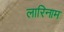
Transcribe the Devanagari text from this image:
लारिनाम